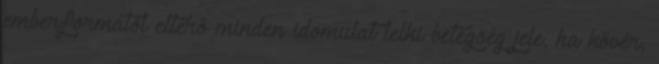
emberformától eltérő minden idomulat lelki betegség jele, ha kövér,